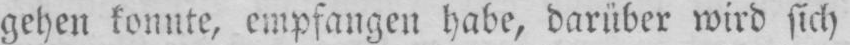
gehen konnte, empfangen habe, darüber wird sich